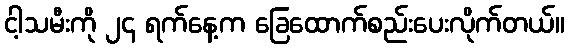
ငါ့သမီးကို ၂၄ ရက်နေ့က ခြေထောက်စည်းပေးလိုက်တယ်။